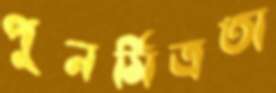
পুনর্মিত্রতা